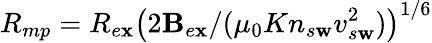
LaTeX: R_{mp}=R_{e\mathbf{x}}\left(2\mathbf{B}_{e\mathbf{x}}/(\mu_{0}Kn_{s\mathbf{w}}v_{s\mathbf{w}}^{2})\right)^{1/6}